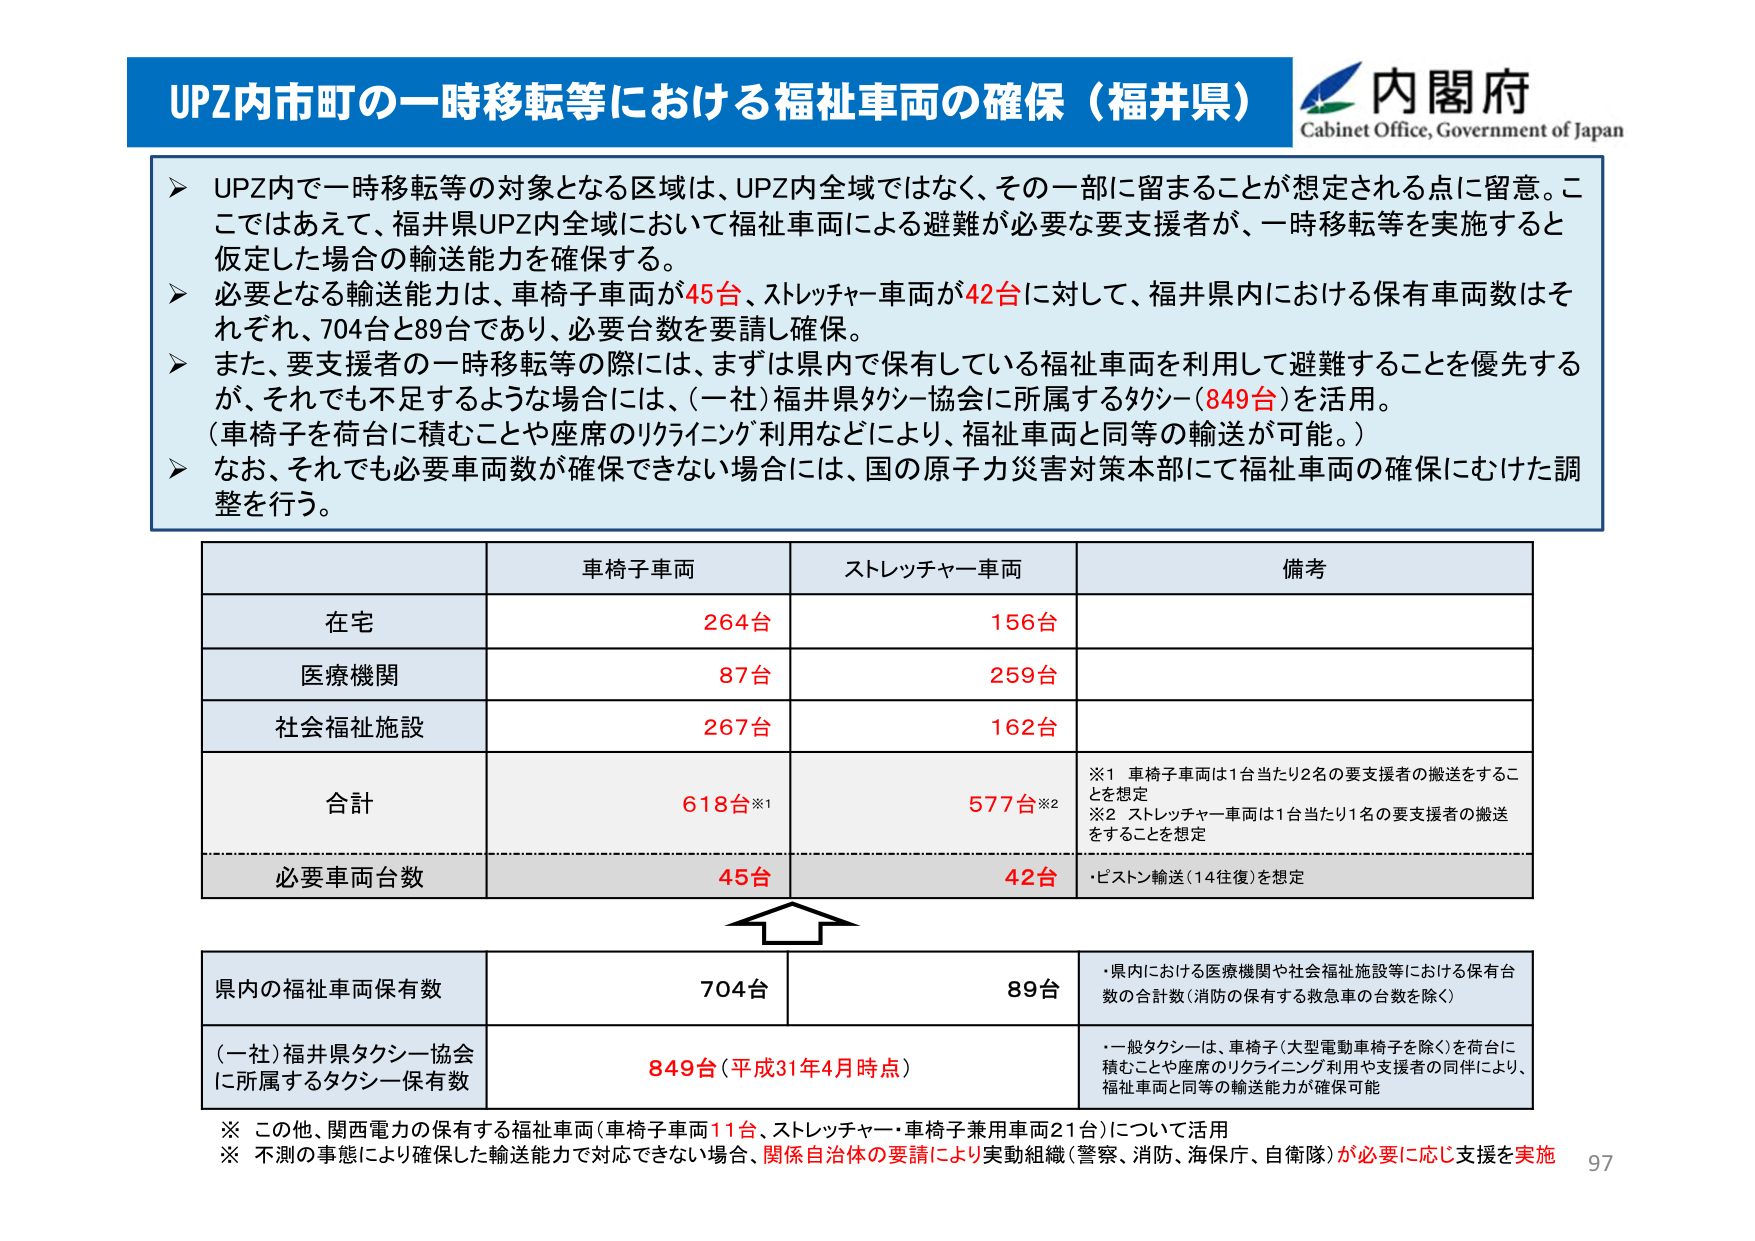
UPZ内市町の一時移転等における福祉車両の確保（福井県）
内閣府
Cabinet Office, Government of Japan

➤ UPZ内で一時移転等の対象となる区域は、UPZ内全域ではなく、その一部に留まることが想定される点に留意。ここではあえて、福井県UPZ内全域において福祉車両による避難が必要な要支援者が、一時移転等を実施すると仮定した場合の輸送能力を確保する。
➤ 必要となる輸送能力は、車椅子車両が45台、ストレッチャー車両が42台に対して、福井県内における保有車両数はそれぞれ、704台と89台であり、必要台数を要請し確保。
➤ また、要支援者の一時移転等の際には、まずは県内で保有している福祉車両を利用して避難することを優先するが、それでも不足するような場合には、（一社）福井県タクシー協会に所属するタクシー（849台）を活用。
（車椅子を荷台に積むことや座席のリクライニング利用などにより、福祉車両と同等の輸送が可能。）
➤ なお、それでも必要車両数が確保できない場合には、国の原子力災害対策本部にて福祉車両の確保にむけた調整を行う。

車椅子車両　　ストレッチャー車両　　備考
在宅　　　　　264台　　　　　　156台
医療機関　　　87台　　　　　　259台
社会福祉施設　267台　　　　　　162台
合計　　　　　618台※1　　　　577台※2
　　　　　　　　　　　　　　　※1 車椅子車両は1台当たり2名の要支援者の搬送をすることを想定
　　　　　　　　　　　　　　　※2 ストレッチャー車両は1台当たり1名の要支援者の搬送をすることを想定
必要車両台数　　45台　　　　　　42台　　　　　・ピストン輸送（14往復）を想定

県内の福祉車両保有数　　　　704台　　　　　　89台　　　　・県内における医療機関や社会福祉施設等における保有台数の合計数（消防の保有する救急車の台数を除く）
（一社）福井県タクシー協会に所属するタクシー保有数　　849台（平成31年4月時点）　　・一般タクシーは、車椅子（大型電動車椅子を除く）を荷台に積むことや座席のリクライニング利用や支援者の同伴により、福祉車両と同等の輸送能力が確保可能

※ この他、関西電力の保有する福祉車両（車椅子車両11台、ストレッチャー・車椅子兼用車両21台）について活用
※ 不測の事態により確保した輸送能力で対応できない場合、関係自治体の要請により実動組織（警察、消防、海保庁、自衛隊）が必要に応じ支援を実施
97